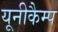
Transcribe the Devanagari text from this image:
यूनीकैम्प